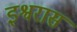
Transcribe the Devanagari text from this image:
इश्वरास